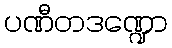
ပဏီတဒဏ္ဍော